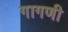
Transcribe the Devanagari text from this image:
गागणी